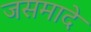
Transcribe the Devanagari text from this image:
जसमादे